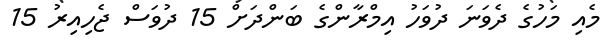
މެއި މަހުގެ ދެވަނަ ދުވަހު އިމްރާންގެ ބަންދަށް 15 ދުވަސް ޖެހިއިރު 15